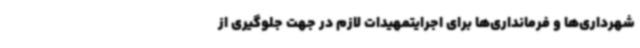
شهرداری‌ها و فرمانداری‌ها برای اجرایتمهیدات لازم در جهت جلوگیری از